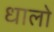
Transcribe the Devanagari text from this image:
धालो